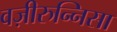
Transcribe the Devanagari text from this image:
वज़ीरुन्निसा